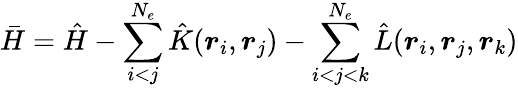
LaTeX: \bar{H}=\hat{H}-\sum_{i<j}^{N_{e}}\hat{K}(\boldsymbol{r}_{i},\boldsymbol{r}_{j})-\sum_{i<j<k}^{N_{e}}\hat{L}(\boldsymbol{r}_{i},\boldsymbol{r}_{j},\boldsymbol{r}_{k})